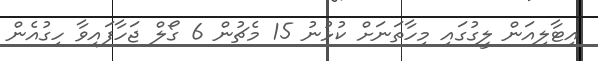
އިޓާލިއަން ލީގުގައި މިހާތަނަށް ކުޅުނު 15 މެޗުން 6 ގޯލް ޖަހާފައިވާ ހިގުއެން